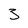
Character: 3